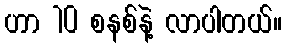
ဟာ 10 စနစ်နဲ့ လာပါတယ်။